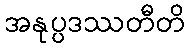
အနုပ္ပဒဿတီတိ